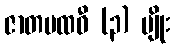
ဇာတပထဝီ (၃) မျိုး